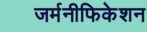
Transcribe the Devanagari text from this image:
जर्मनीफिकेशन